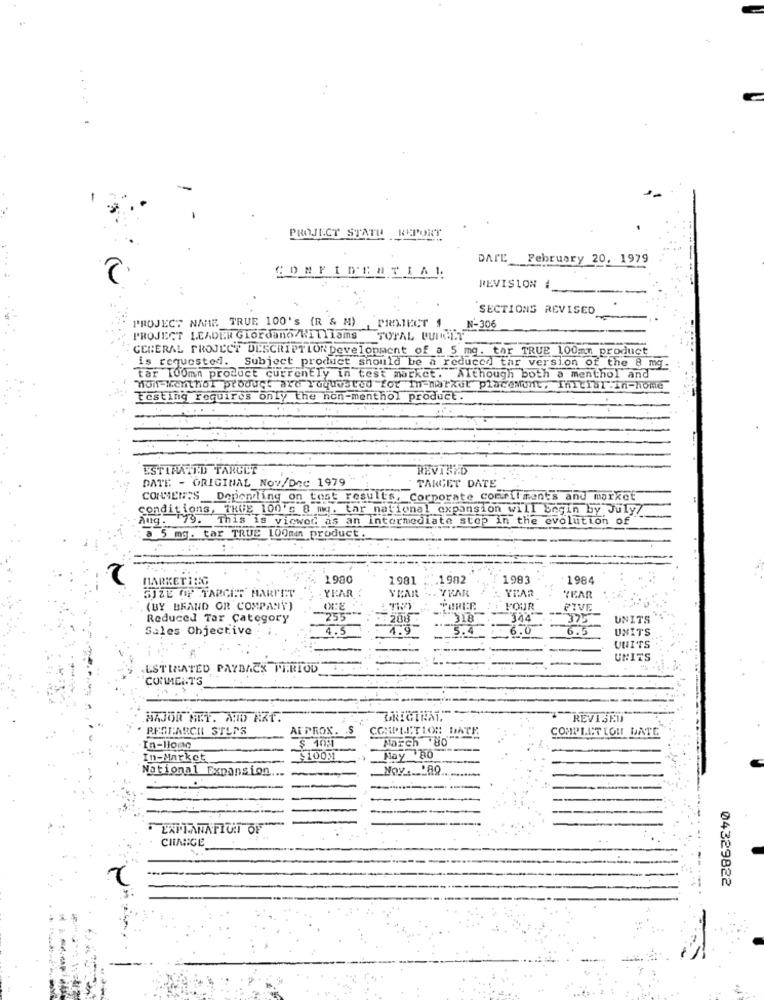
PROJECT STATU REPORT
DATE February 20, 1979
REVISION :
SECTIONS REVISED
PROJECT NAME TRUE 100'S (R & M) ,MIELIECT 1
N-306
PROJECT LEADER Giordano/Williams TOTAL CUIRHIT
GENERAL PROJECT DESCRIPTION Development of a 5 mg. tar TRUE 100mm product
is requested. Subject product should be a reduced tar version of the 8 mg.
Tar 100mm product currently in test market. Although both a menthol and
mont-Menthol product are requested for in-market placement, Initial. In-home
testing requires only the non-menthol product
ESTIMATED TARGET
REVINND
DATE - ORIGINAL Nov/Dec 1979
TARGET DATE
CONNEUSS Depending on tost results, Corporate comeil ments and market
conditions, TRUE 100's 8 mg. tar national expansion will begin by July/
Ang. 79. This is viewed as an intermediate stop in the evolution of
a 5 mg. tar TRUE 100mmn product.
MARKETING
1900
1981
.1982
1983
1984
SIZE OF TARGET MARKET
YEAR
YEAR
. TRAR
YEAR
YEAR
(BY BRAND OR COMPANY)
POUR
FIVE
Reduced Tar Category
255
288
344
375
UNITS
Sales Objective
5.4
6.0
6.5
UNITS
UUITS
UNITS
ESTIMATED PAYBACK PERIOD
COMMENTS
AZJOR NET. AND AZT.
REVISED
. RESEARCH STLES
AL PROX. S
COMPLETION DATE
COMPLET COM DATE
March '80
In-lione
$ 108
In-Market
100M
Hay 80
National Expansion
Noy .... 89
EXPLANATION OF"
CHANGE
-- .
04329822